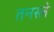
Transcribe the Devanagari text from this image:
तनस्ले